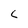
Character: c